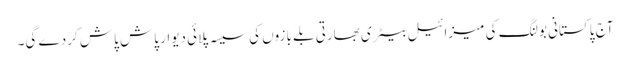
آج پاکستانی بولنگ کی میزائیل بیٹری بھارتی بلے بازوں کی سیسہ پلائی دیوار پاش پاش کردے گی۔